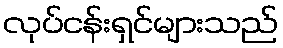
လုပ်ငန်းရှင်များသည်